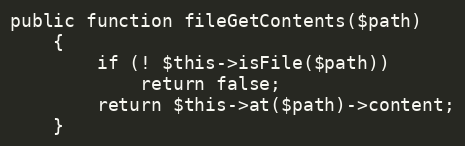
Language: PHP
public function fileGetContents($path)
    {
        if (! $this->isFile($path))
            return false;
        return $this->at($path)->content;
    }